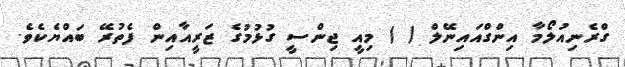
ގްރެނިއުލޯމާ އިންގްއައިނޭލް ( ) މިއީ ޖިންސީ ގުޅުމުގެ ޒަރީއާއިން ފެތުރޭ ބައްޔެކެވެ.